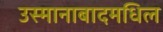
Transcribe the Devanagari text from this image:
उस्मानाबादमधिल